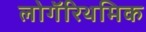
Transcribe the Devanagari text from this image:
लोगॅरिथमिक